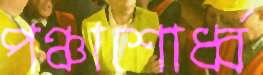
পঞ্চাশোর্ধ্ব